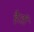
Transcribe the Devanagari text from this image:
है।डॉ